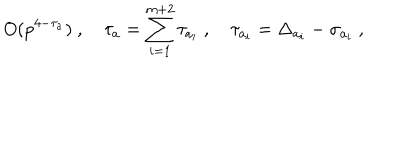
LaTeX: O ( p ^ { 4 - \tau _ { a } } ) \ , \quad \tau _ { a } = \sum _ { i = 1 } ^ { m + 2 } \tau _ { a _ { i } } \ , \quad \tau _ { a _ { i } } = \Delta _ { a _ { i } } - \sigma _ { a _ { i } } \ ,